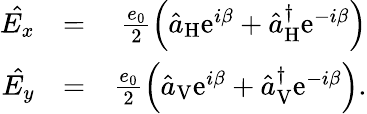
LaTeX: \begin{array}{rlr}{\hat{E_{x}}}&{=}&{\frac{e_{0}}{2}\left(\hat{a}_{\mathrm{H}}\mathrm{e}^{i\beta}+\hat{a}_{\mathrm{H}}^{\dagger}\mathrm{e}^{-i\beta}\right)}\\ {\hat{E_{y}}}&{=}&{\frac{e_{0}}{2}\left(\hat{a}_{\mathrm{V}}\mathrm{e}^{i\beta}+\hat{a}_{\mathrm{V}}^{\dagger}\mathrm{e}^{-i\beta}\right).}\end{array}